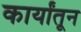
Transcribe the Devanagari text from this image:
कार्यांतून